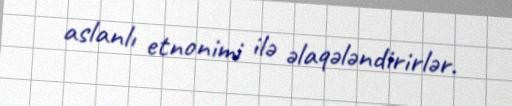
aslanlı etnonimi ilə əlaqələndirirlər.